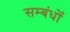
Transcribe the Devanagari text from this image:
सम्बंधोंं